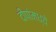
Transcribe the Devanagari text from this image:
दीपांमध्ये